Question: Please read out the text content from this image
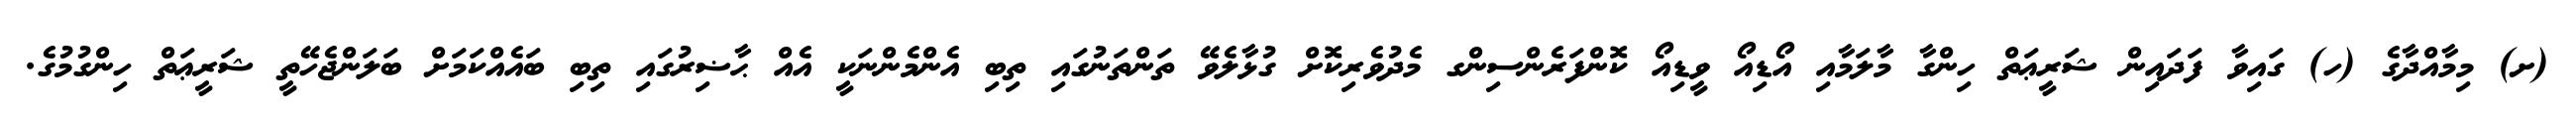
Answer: (ށ) މިމާއްދާގެ (ހ) ގައިވާ ފަދައިން ޝަރީޢަތް ހިންގާ މާލަމާއި އޯޑިއޯ ވީޑިއޯ ކޮންފަރެންސިންގ މެދުވެރިކޮށް ގުޅާލެވޭ ތަންތަނުގައި ތިބި އެންމެންނަކީ އެއް ޙާޟިރުގައި ތިބި ބައެއްކަމަށް ބަލަންޖެހޭތީ ޝަރީޢަތް ހިންގުމުގެ.